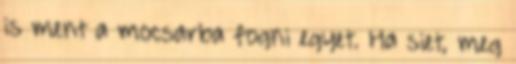
is ment a mocsarba fogni egyet. Ha siet, meg